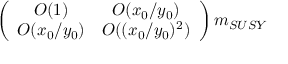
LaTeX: \left( \begin{array} { c c } { { O ( 1 ) } } & { { O ( x _ { 0 } / y _ { 0 } ) } } \\ { { O ( x _ { 0 } / y _ { 0 } ) } } & { { O ( ( x _ { 0 } / y _ { 0 } ) ^ { 2 } ) } } \end{array} \right) m _ { S U S Y }